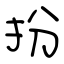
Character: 扮